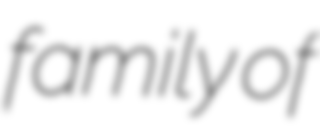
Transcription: family of